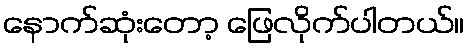
နောက်ဆုံးတော့ ဖြေလိုက်ပါတယ်။